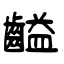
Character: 齸